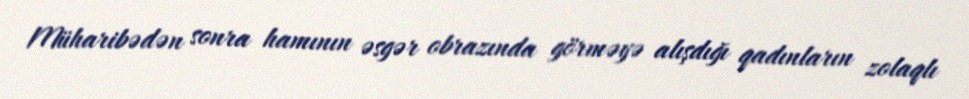
Müharibədən sonra hamının əsgər obrazında görməyə alışdığı qadınların zolaqlı